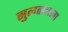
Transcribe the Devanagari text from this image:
सुलतानला